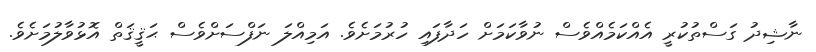
ނާޝިދު ގަސްތުކުރީ އެއްކަމެއްވެސް ނުވާކަމަށް ހަދާފައި ހުރުމަށެވެ. އަމިއްލަ ނަފްސަށްވެސް ޙަޤީޤަތް އޮޅުވާލުމަށެވެ.